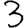
Digit: 3